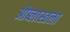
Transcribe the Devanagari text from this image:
ओब्लास्तला